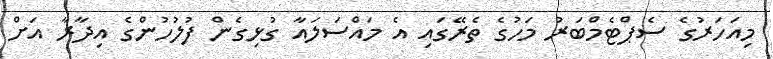
މިއަހަރުގެ ސެޕްޓެމްބަރު މަހުގެ ތެރޭގައި އެ މައްސަލައާ ގުޅިގެން ފުލުހުންގެ އިދާރާ އަށް